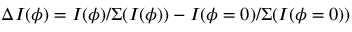
\Delta I ( \phi ) = I ( \phi ) / \Sigma ( I ( \phi ) ) - I ( \phi = 0 ) / \Sigma ( I ( \phi = 0 ) )